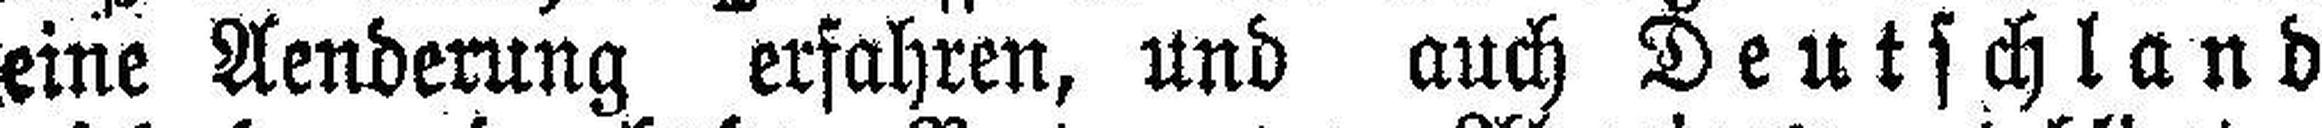
eine Aenderung erfahren, und auch Deutschland